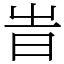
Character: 旹